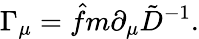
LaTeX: \Gamma_{\mu}=\hat{f}m\partial_{\mu}\tilde{D}^{-1}.